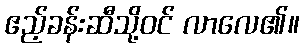
ဧည့်ခန်းဆီသို့ဝင် လာလေ၏။